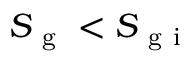
S _ { \mathrm { ~ g ~ } } < S _ { \mathrm { ~ g ~ i ~ } }